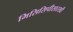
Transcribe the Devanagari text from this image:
मिसिसिपीसारखी